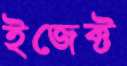
ইজেক্ট